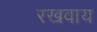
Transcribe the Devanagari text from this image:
रखवाय